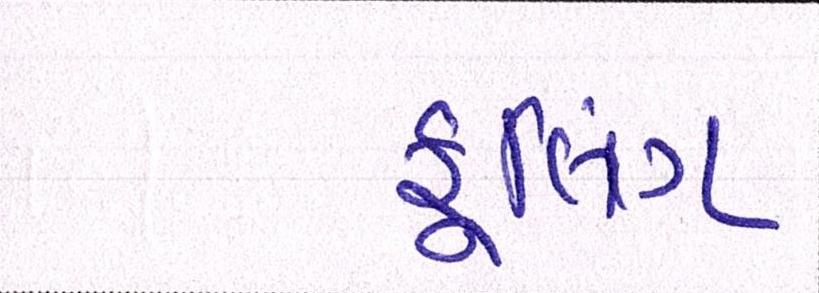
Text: કૂલિંગ